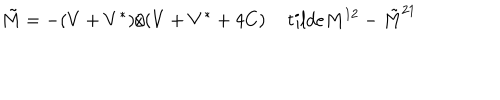
LaTeX: \tilde { M } = - ( V + V ^ { * } ) / ( V + V ^ { * } + 4 C ) \, t i l d e { M } ^ { 1 2 } - \tilde { M } ^ { 2 1 }